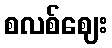
စလစ်ဈေး